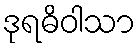
ဒုရဓိဝါသာ